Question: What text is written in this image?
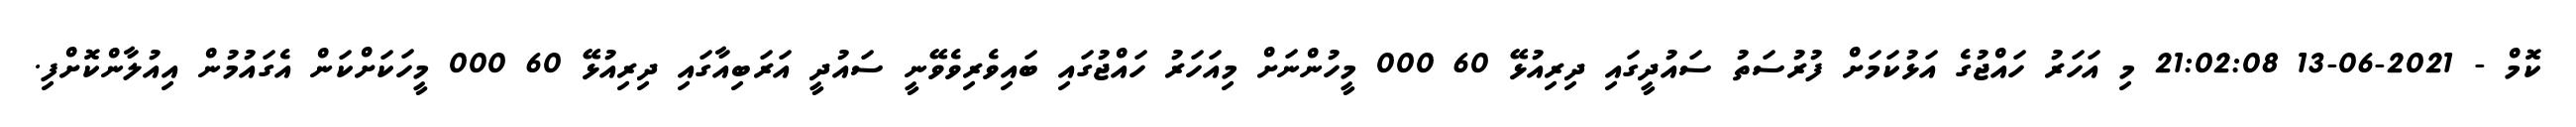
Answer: ކޮމް - 2021-06-13 21:02:08 މި އަހަރު ހައްޖުގެ އަޅުކަމަށް ފުރުސަތު ސައުދީގައި ދިރިއުޅޭ 60 000 މީހުންނަށް މިއަހަރު ހައްޖުގައި ބައިވެރިވެވޭނީ ސައުދީ އަރަބިއާގައި ދިރިއުޅޭ 60 000 މީހަކަށްކަން އެގައުމުން އިއުލާންކޮށްފި.